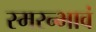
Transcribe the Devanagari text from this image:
स्मरन्भावं